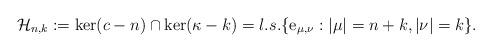
LaTeX: \begin{align*}\mathcal{H}_{n,k}:=\ker(c-n)\cap \ker(\kappa-k)=l.s.\{\mathrm{e}_{\mu,\nu}: |\mu|=n+k, |\nu|=k\}.\end{align*}